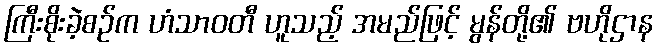
ကြီးစိုးခဲ့စဉ်က ဟံသာဝတီ ဟူသည့် အမည်ဖြင့် မွန်တို့၏ ဗဟိုဌာန